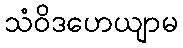
သံဝိဒဟေယျာမ